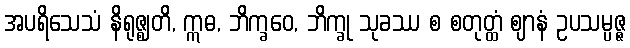
အပရိသေသံ နိရုဇ္ဈတိ, ဣဓ, ဘိက္ခဝေ, ဘိက္ခု သုခဿ စ စတုတ္ထံ ဈာနံ ဥပသမ္ပဇ္ဇ